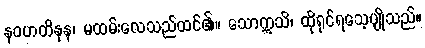
နဝဟတိနုန၊ မထမ်းလေသည်ထင်၏။ သောဣသိ၊ ထိုရှင်ရသေ့ပျိုသည်။